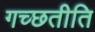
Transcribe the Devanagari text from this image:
गच्छतीति